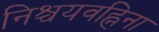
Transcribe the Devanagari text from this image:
निश्चयवह्निना